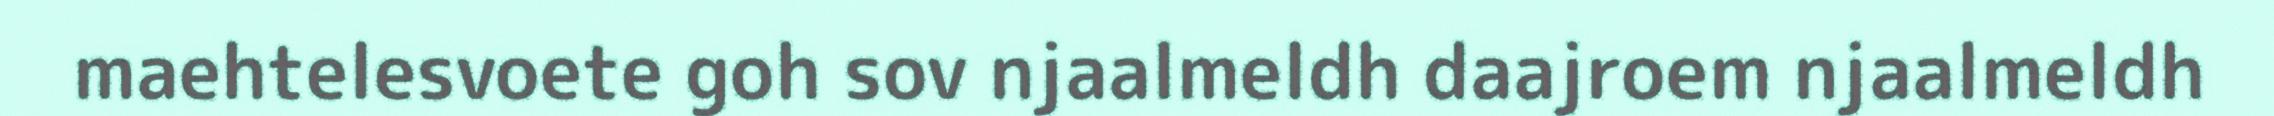
maehtelesvoete goh sov njaalmeldh daajroem njaalmeldh